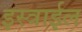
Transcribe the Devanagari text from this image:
इस्त्राईल